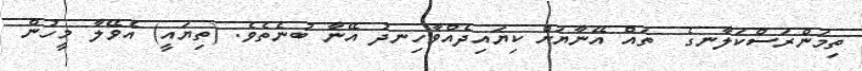
ތިމަންރަސްކަލާނގެ  ތައް އޭނާޔަށް ކިޔައިދެއްވާހިނދު އޭނާ ބުނެތެވެ. (ތިޔައީ) އެވޭލާ މީހުން